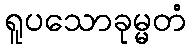
ရူပသောခုမ္မတံ